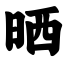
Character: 晒